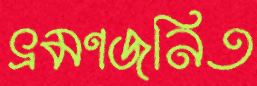
ভ্রমণজনিত